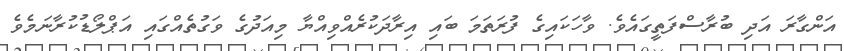
އަންގާރަ އަދި ބުރާސްފަތީގައެވެ. ވާހަކައިގެ ފުރަތަމަ ބައި އިރާދަކުރެއްވިއްޔާ މިއަދުގެ ވަގުތެއްގައި އަޕްލޯޑުކުރާނަމެވެ